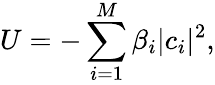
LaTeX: U=-\sum_{i=1}^{M}\beta_{i}|c_{i}|^{2},